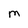
Character: M